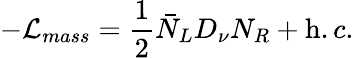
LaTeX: -{\mathcal L}_{mass}=\frac{1}{2}\bar{N}_{L}D_{\nu}N_{R}+{\mathrm h.c.}